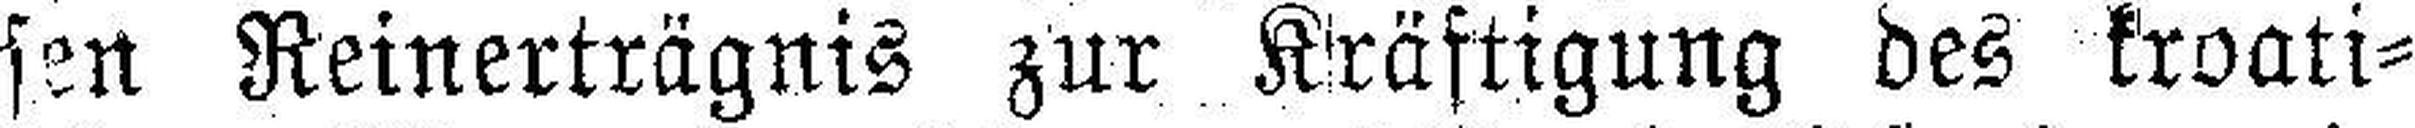
sen Reinerträgnis zur Kräftigung des kroati¬